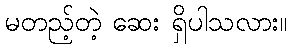
မတည့်တဲ့ ဆေး ရှိပါသလား။